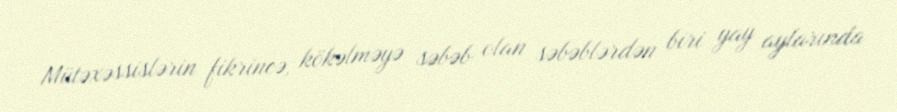
Mütəxəssislərin fikrincə, kökəlməyə səbəb olan səbəblərdən biri yay aylarında